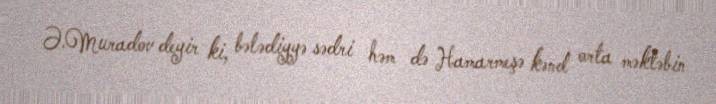
Ə.Muradov deyir ki, bələdiyyə sədri həm də Hamarmeşə kənd orta məktəbin